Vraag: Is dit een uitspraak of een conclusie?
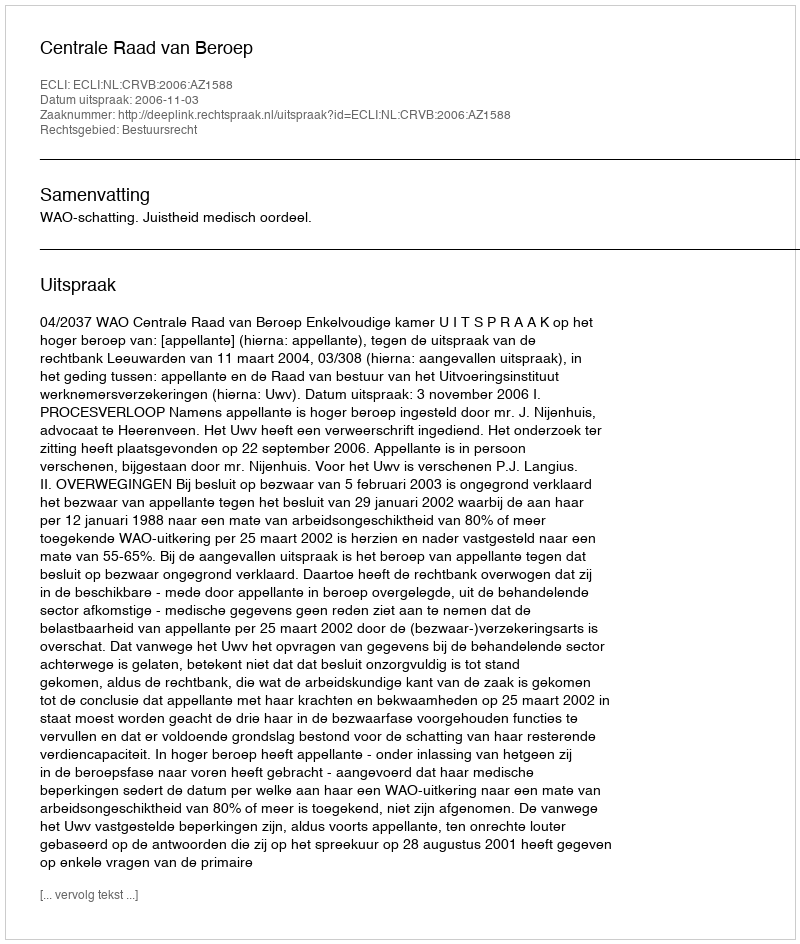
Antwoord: Uitspraak